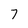
Character: 7